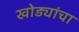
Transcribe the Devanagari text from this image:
खोड्यांचा